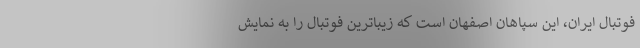
فوتبال ایران، این سپاهان اصفهان است که زیباترین فوتبال را به نمایش